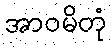
အာဝမိတုံ